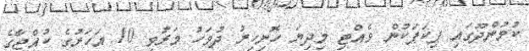
ކުމުންދޫގައި ޕިކަޕަކުން ވެއްޓި މިދިޔަ ހޮނިހިރު ދުވަހު މަރުވި 10 އަހަރުގެ ކުއްޖާގެ